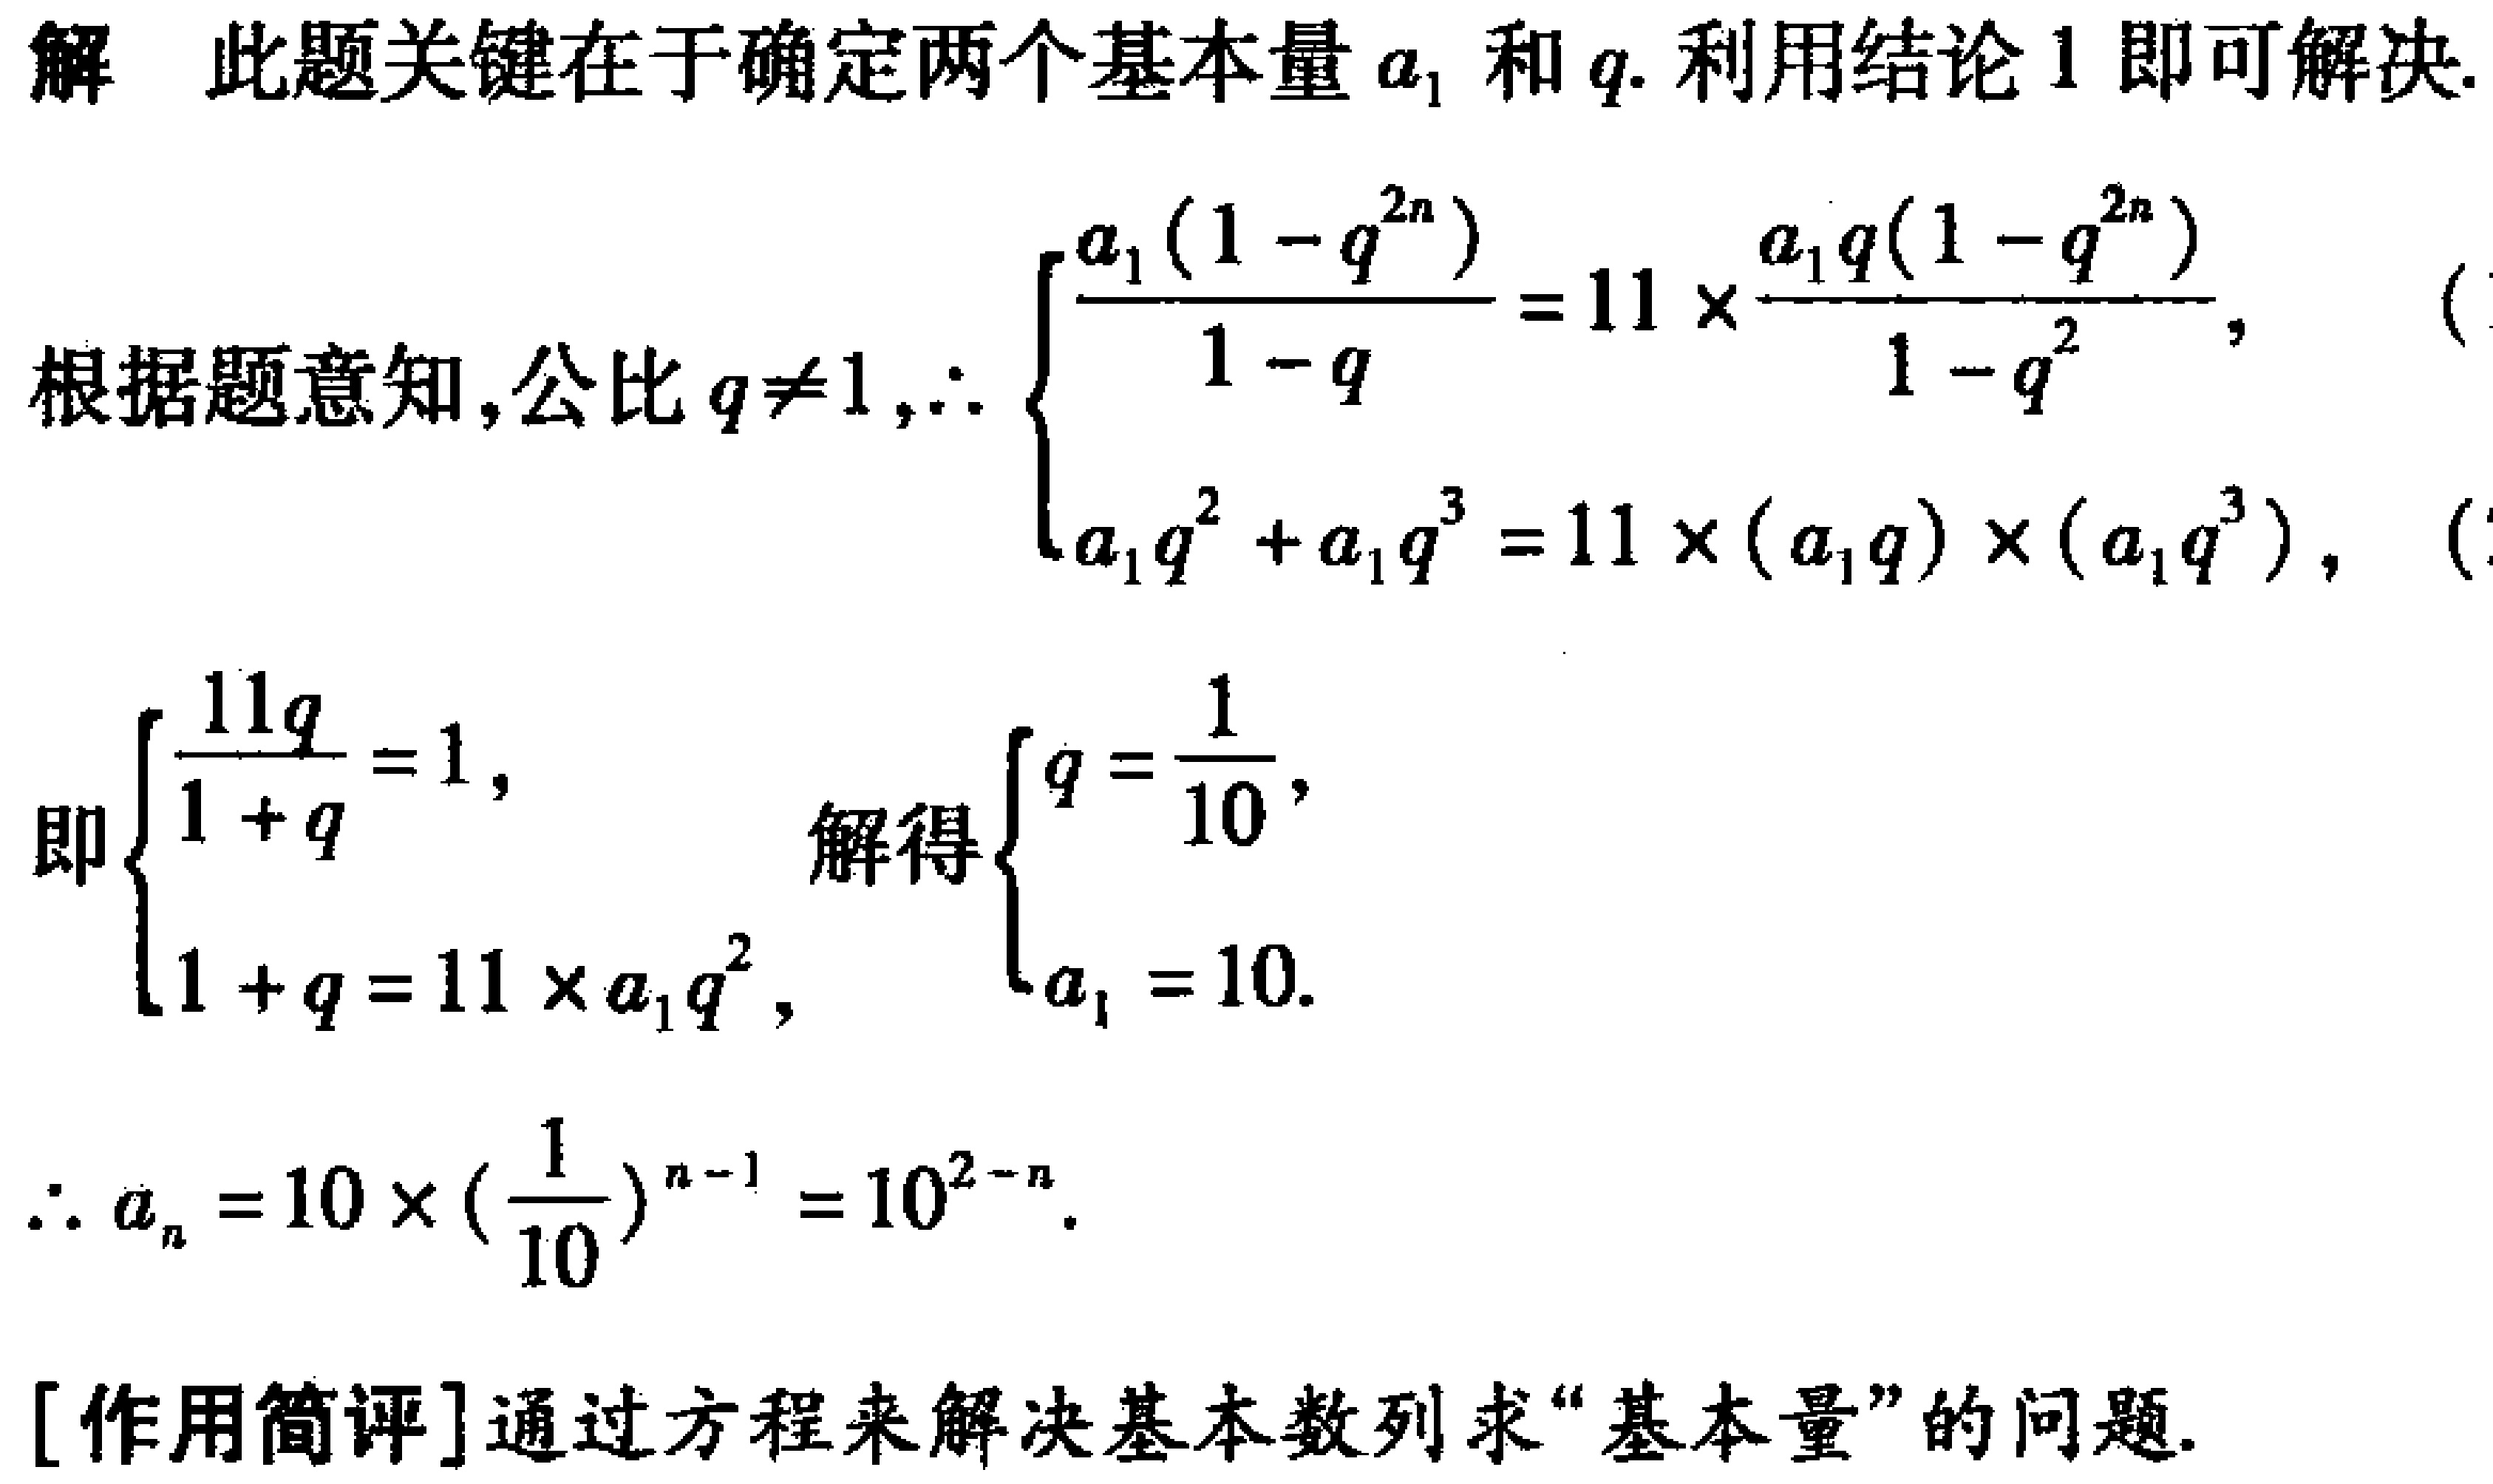
解 此题关键在于确定两个基本量 \(a_{1}\) 和 \(q\). 利用结论 1 即可解决.

根据题意知,公比 \(q\neq1,\therefore \begin{cases}

\frac{a_{1}(1 - q^{2n})}{1 - q}=11\times\frac{a_{1}q(1 - q^{2n})}{1 - q^{2}},\\

a_{1}q^{2}+a_{1}q^{3}=11\times(a_{1}q)\times(a_{1}q^{3}),

\end{cases}\)

即\(\begin{cases}

\frac{11q}{1 + q}=1,\\

1 + q=11\times a_{1}q^{2},

\end{cases}\) 解得\(\begin{cases}

q=\frac{1}{10},\\

a_{1}=10.

\end{cases}\)

\(\therefore a_{n}=10\times(\frac{1}{10})^{n - 1}=10^{2 - n}\).

[作用简评]通过方程来解决基本数列求“基本量”的问题.